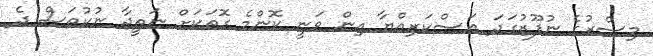
މިސްރުގެ ނުފޫޒުގަދަ އަސްކަރިއްޔާ އިން ވަނީ ކޮންމެ ގޮތަކަށް ނަތީޖާ ނުކުތަސް ދެ